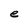
Character: e